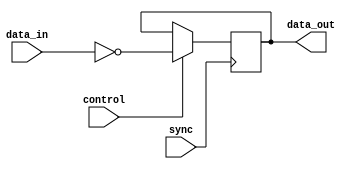
module nor_delay(
    input wire control,
    input wire sync,
    input wire [7:0] data_in,
    output wire [7:0] data_out
);

reg [7:0] delayed_data;

always @ (posedge sync) begin
    if(control) begin
        delayed_data <= ~data_in;
    end
end

assign data_out = delayed_data;

endmodule